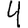
Digit: 4